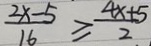
\frac { 2 x - 5 } { 1 6 } \geq \frac { 4 x + 5 } { 2 }